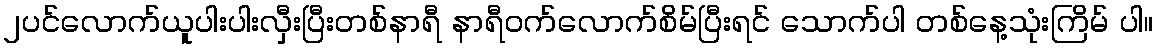
၂ပင်လောက်ယူပါးပါးလှီးပြီးတစ်နာရီ နာရီဝက်လောက်စိမ်ပြီးရင် သောက်ပါ တစ်နေ့သုံးကြိမ် ပါ။